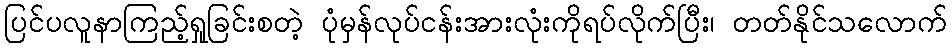
ပြင်ပလူနာကြည့်ရှုခြင်းစတဲ့ ပုံမှန်လုပ်ငန်းအားလုံးကိုရပ်လိုက်ပြီး၊ တတ်နိုင်သလောက်